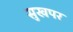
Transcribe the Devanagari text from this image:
सुखपर